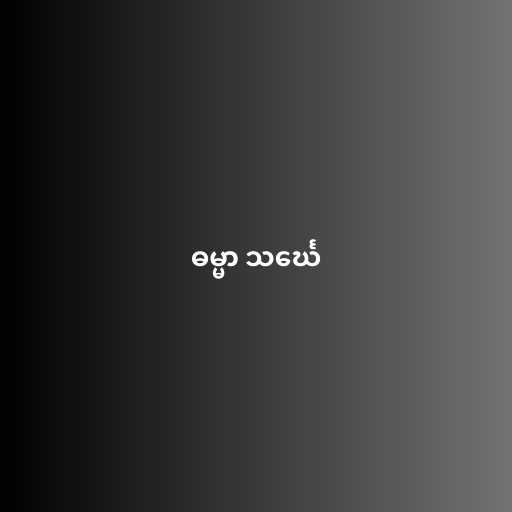
ဓမ္မာ သင်္ဃေ